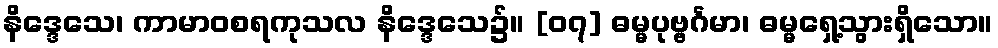
နိဒ္ဒေသေ၊ ကာမာဝစရကုသလ နိဒ္ဒေသေ၌။ [၀၇] ဓမ္မပုဗ္ဗင်္ဂမာ၊ ဓမ္မရှေ့သွားရှိသော။